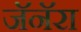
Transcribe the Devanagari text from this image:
जॅनॅरा